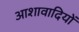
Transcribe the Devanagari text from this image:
आशावादियों